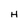
Character: H